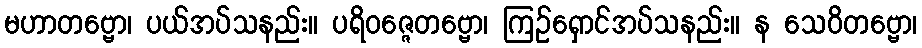
မဟာတဗ္ဗော၊ ပယ်အပ်သနည်း။ ပရိဝဇ္ဇေတဗ္ဗော၊ ကြဉ်ရှောင်အပ်သနည်း။ န သေဝိတဗ္ဗော၊